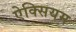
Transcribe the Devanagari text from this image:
ऐक्सियम